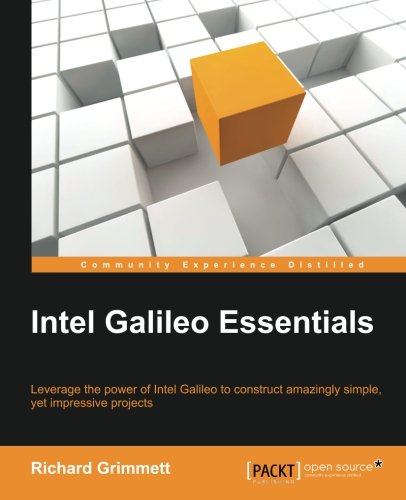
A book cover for Intel Galileo Essentials; Richard Grimmett; Computers & Technology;